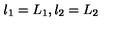
l _ { 1 } = L _ { 1 } , l _ { 2 } = L _ { 2 }